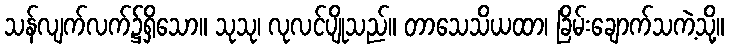
သန်လျက်လက်၌ရှိသော။ သုသု၊ လုလင်ပျိုသည်။ တာသေသိယထာ၊ ခြိမ်းချောက်သကဲ့သို့။